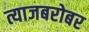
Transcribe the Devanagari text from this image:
त्याजबरोबर